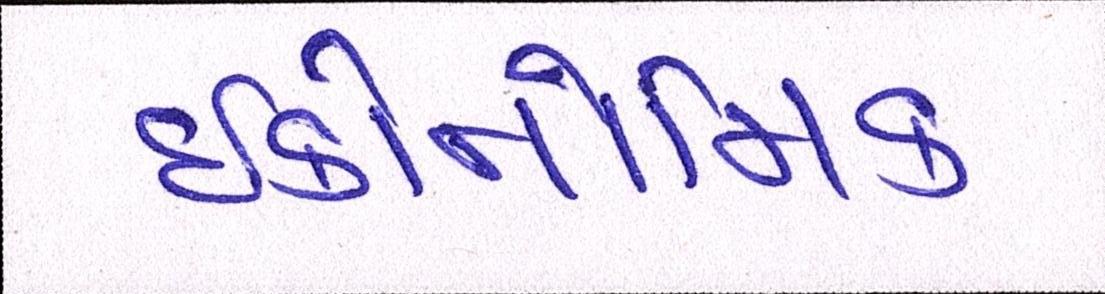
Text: ઈકોનોમિક